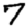
Digit: 7